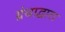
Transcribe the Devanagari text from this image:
ग्रंथाद्वारा